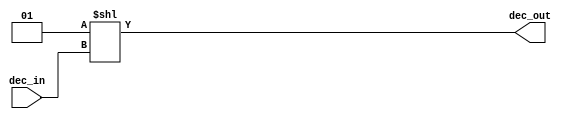
`timescale 1ns / 1ps

module decoder_3x8(
    input [2:0] dec_in,
    output [7:0] dec_out
    );
    assign dec_out = 1 << dec_in ; //shift left the input with 1, generating signals from 0 to 7
endmodule